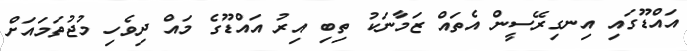
އައްޑޫގައި އިނގިރޭސީން އެތައް ޒަމާނަކު ތިބި އިރު އައްޑޫގެ މައް ދިވެހި މުޖުތަމައަށް